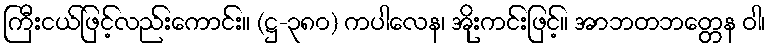
ကြီးငယ်ဖြင့်လည်းကောင်း။ (ဋ္ဌ-၃၈၀) ကပါလေန၊ အိုးကင်းဖြင့်။ အာဘတဘတ္တေန ဝါ၊